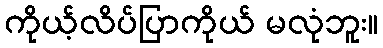
ကိုယ့်လိပ်ပြာကိုယ် မလုံဘူး။